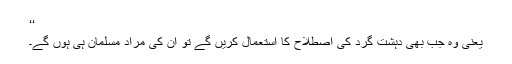
‘‘
یعنی وہ جب بھی دہشت گرد کی اصطلاح کا استعمال کریں گے تو ان کی مراد مسلمان ہی ہوں گے۔